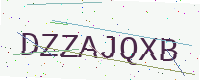
Text: DZZAJQXB